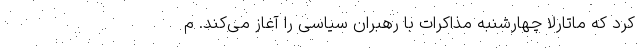
کرد که ماتارلا چهارشنبه مذاکرات با رهبران سیاسی را آغاز می‌کند. م